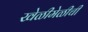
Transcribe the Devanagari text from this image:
खेळीमेळीची